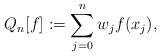
LaTeX: \begin{align*}Q_n[f] := \sum_{j=0}^{n} w_j f(x_j),\end{align*}